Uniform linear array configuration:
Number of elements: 32
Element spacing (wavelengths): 0.5
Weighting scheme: uniform
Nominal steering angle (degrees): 45
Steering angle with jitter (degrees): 45.447
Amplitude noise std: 0.05
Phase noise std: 0.05

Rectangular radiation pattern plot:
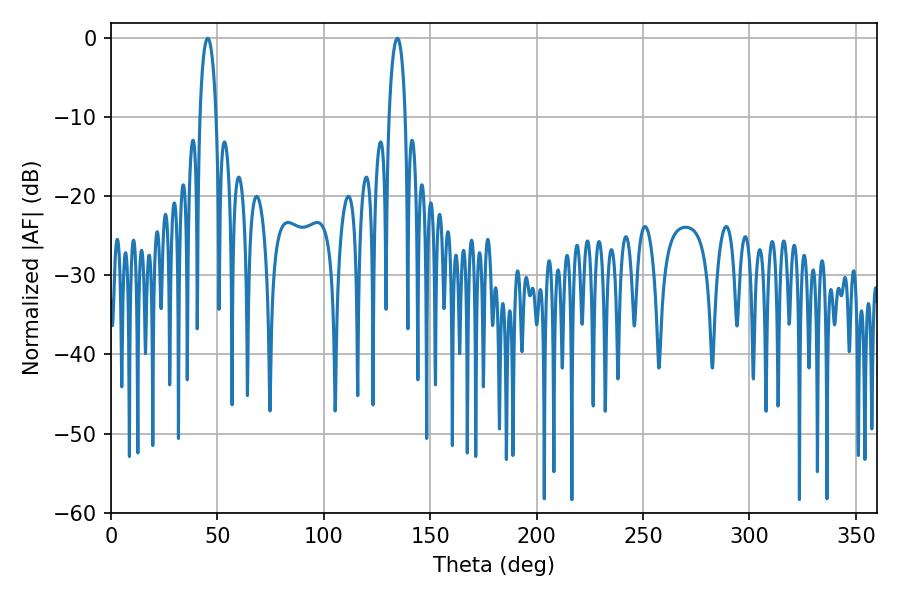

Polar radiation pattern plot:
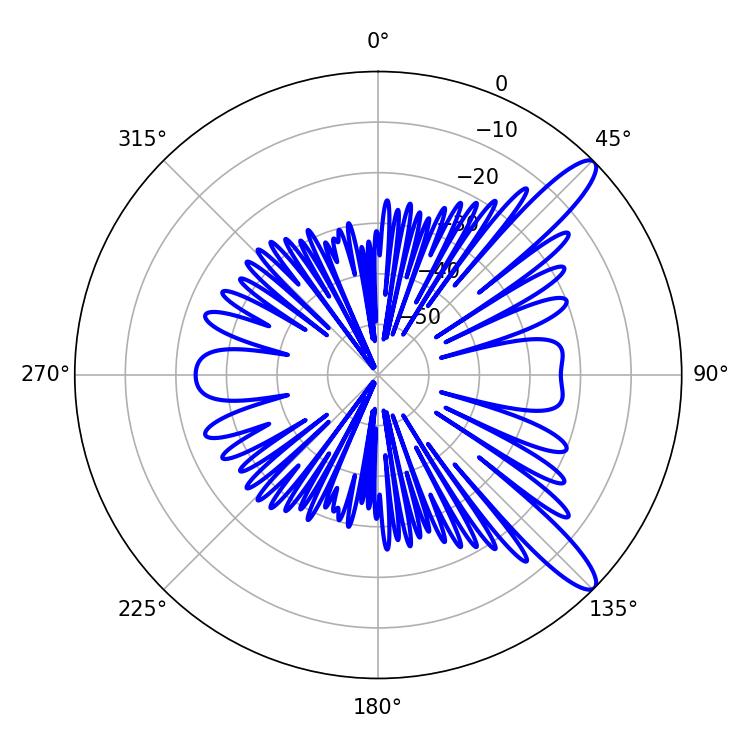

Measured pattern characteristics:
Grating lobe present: FALSE
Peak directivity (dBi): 12.038
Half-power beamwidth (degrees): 4.32
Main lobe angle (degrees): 134.64